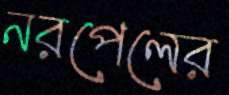
নরপেলের